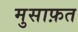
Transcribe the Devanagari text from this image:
मुसाफ़त